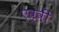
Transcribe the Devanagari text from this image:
एव्वी